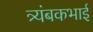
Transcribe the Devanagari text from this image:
त्र्यंबकभाई